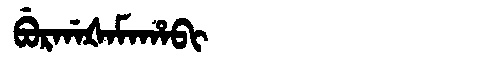
Manchu: ᠪᡠᡵᡤᠠᡧᠠᠮᠠᡥᠠᠪᡳ
Romanization: BURGAŠAMAHABI